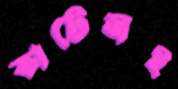
কাটেনই